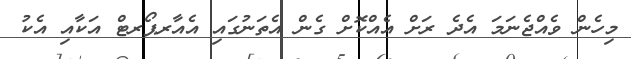
މިހެން ވެއްޖެނަމަ އެދެ ރަށް އެއްކޮށް ގެން އެތަނުގައި އެއާރޕޯރޓް އަކާއި އެކު